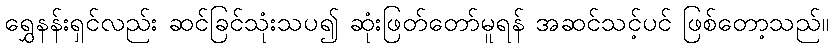
ရွှေနန်းရှင်လည်း ဆင်ခြင်သုံးသပ၍ ဆုံးဖြတ်တော်မူရန် အဆင်သင့်ပင် ဖြစ်တော့သည်။